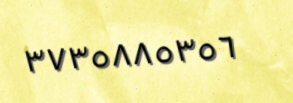
٣٧٣٥٨٨٥٣٥٦